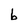
Character: b